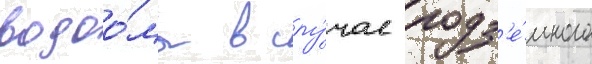
водоо́мы в слу́чае подз'е́много